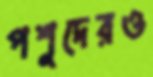
পশুদেরও